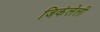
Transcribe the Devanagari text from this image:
जिकंलेली